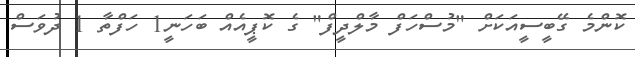
ކޮންމެ ގޭބީސީއަކަށް "މުސްހަފް މާލްދީފް" ގެ ކޮޕީއެއް ބަހަނީ1 ހަފްތާ 1 ދުވަސް